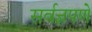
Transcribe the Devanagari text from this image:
सर्वज्ञपणे